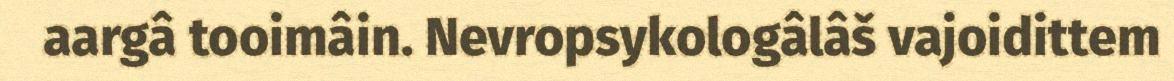
aargâ tooimâin. Nevropsykologâlâš vajoidittem